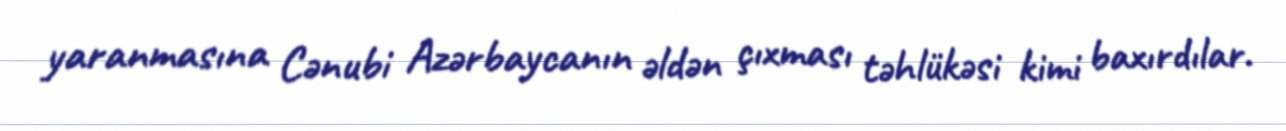
yaranmasına Cənubi Azərbaycanın əldən çıxması təhlükəsi kimi baxırdılar.